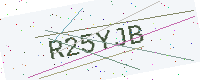
Text: R25YJB